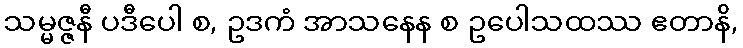
သမ္မဇ္ဇနီ ပဒီပေါ စ, ဥဒကံ အာသနေန စ ဥပေါသထဿ ဧတာနိ,